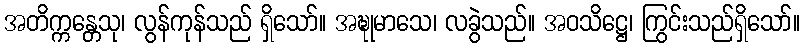
အတိက္ကန္တေသု၊ လွန်ကုန်သည် ရှိသော်။ အဍ္ဎုမာသေ၊ လခွဲသည်။ အဝသိဋ္ဌေ၊ ကြွင်းသည်ရှိသော်။